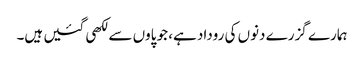
ہمارے گزرے دنوں کی روداد ہے، جو پاوں سے لکھی گئیں ہیں۔